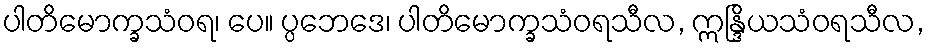
ပါတိမောက္ခသံဝရ၊ ပေ။ ပ္ပဘေဒေ၊ ပါတိမောက္ခသံဝရသီလ, ဣန္ဒြိယသံဝရသီလ,